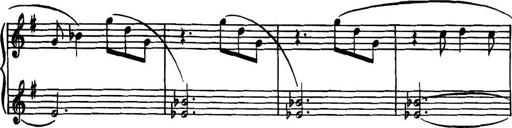
Title: Piano Sonatina in G minor
Composer: John Blackwood McEwen
Key: G minor